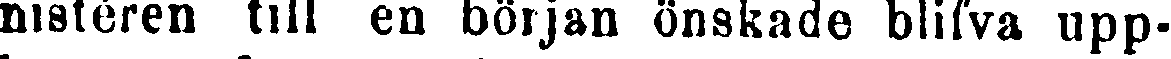
nistéren till en början önskade blifva upp-